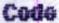
CODE